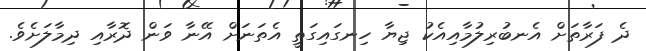
ދެ ފަރާތަށް އެނބުރިލުމާއިއެކު ޖިޔާ ހިނގައިގަތީ އެތަނަށް އޭނާ ވަން ދޮރާއި ދިމާލަށެވެ.